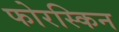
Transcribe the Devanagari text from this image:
फोरस्किन